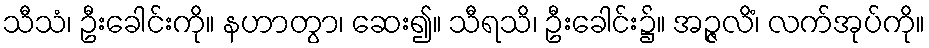
သီသံ၊ ဦးခေါင်းကို။ နဟာတွာ၊ ဆေး၍။ သီရသိ၊ ဦးခေါင်း၌။ အဉ္ဇလိံ၊ လက်အုပ်ကို။